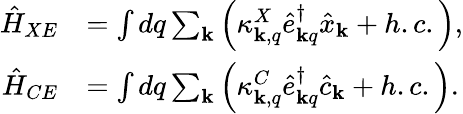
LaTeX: \begin{array}{rl}{\hat{H}_{XE}}&{=\int dq\sum_{\mathbf{k}}\left(\kappa_{{\mathbf k},q}^{X}\hat{e}_{{\mathbf k}q}^{\dagger}\hat{x}_{{\mathbf k}}+h.c.\right),}\\ {\hat{H}_{CE}}&{=\int dq\sum_{\mathbf{k}}\left(\kappa_{{\mathbf k},q}^{C}\hat{e}_{{\mathbf k}q}^{\dagger}\hat{c}_{{\mathbf k}}+h.c.\right).}\end{array}